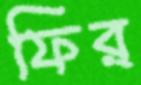
ফির্